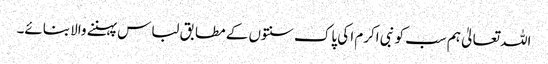
اللہ تعالیٰ ہم سب کو نبی اکرم ا کی پاک سنتوں کے مطابق لباس پہننے والا بنائے۔